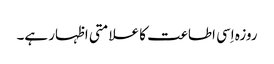
روزہ اِسی اطاعت کا علامتی اظہار ہے۔